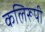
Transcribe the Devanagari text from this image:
कलिरूपी